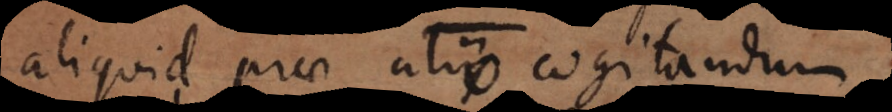
aliquid prae alio cogitandum.